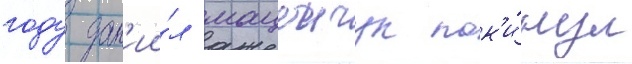
году дан'ии́л мацеичук пок'и́нул